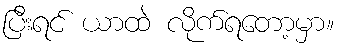
ပြီးရင် ယာထဲ လိုက်ရတော့မှာ။